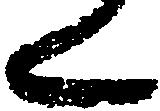
く